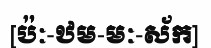
[ប៉ៈ-ឋម-មៈ-ស័ក]